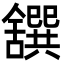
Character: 𦧸